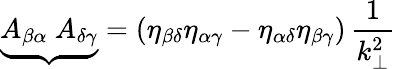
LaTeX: {\underbrace{A_{\beta\alpha}~A_{\delta\gamma}}}=\left(\eta_{\beta\delta}\eta_{\alpha\gamma}-\eta_{\alpha\delta}\eta_{\beta\gamma}\right)\, \frac{1}{k_{\bot}^{2}}